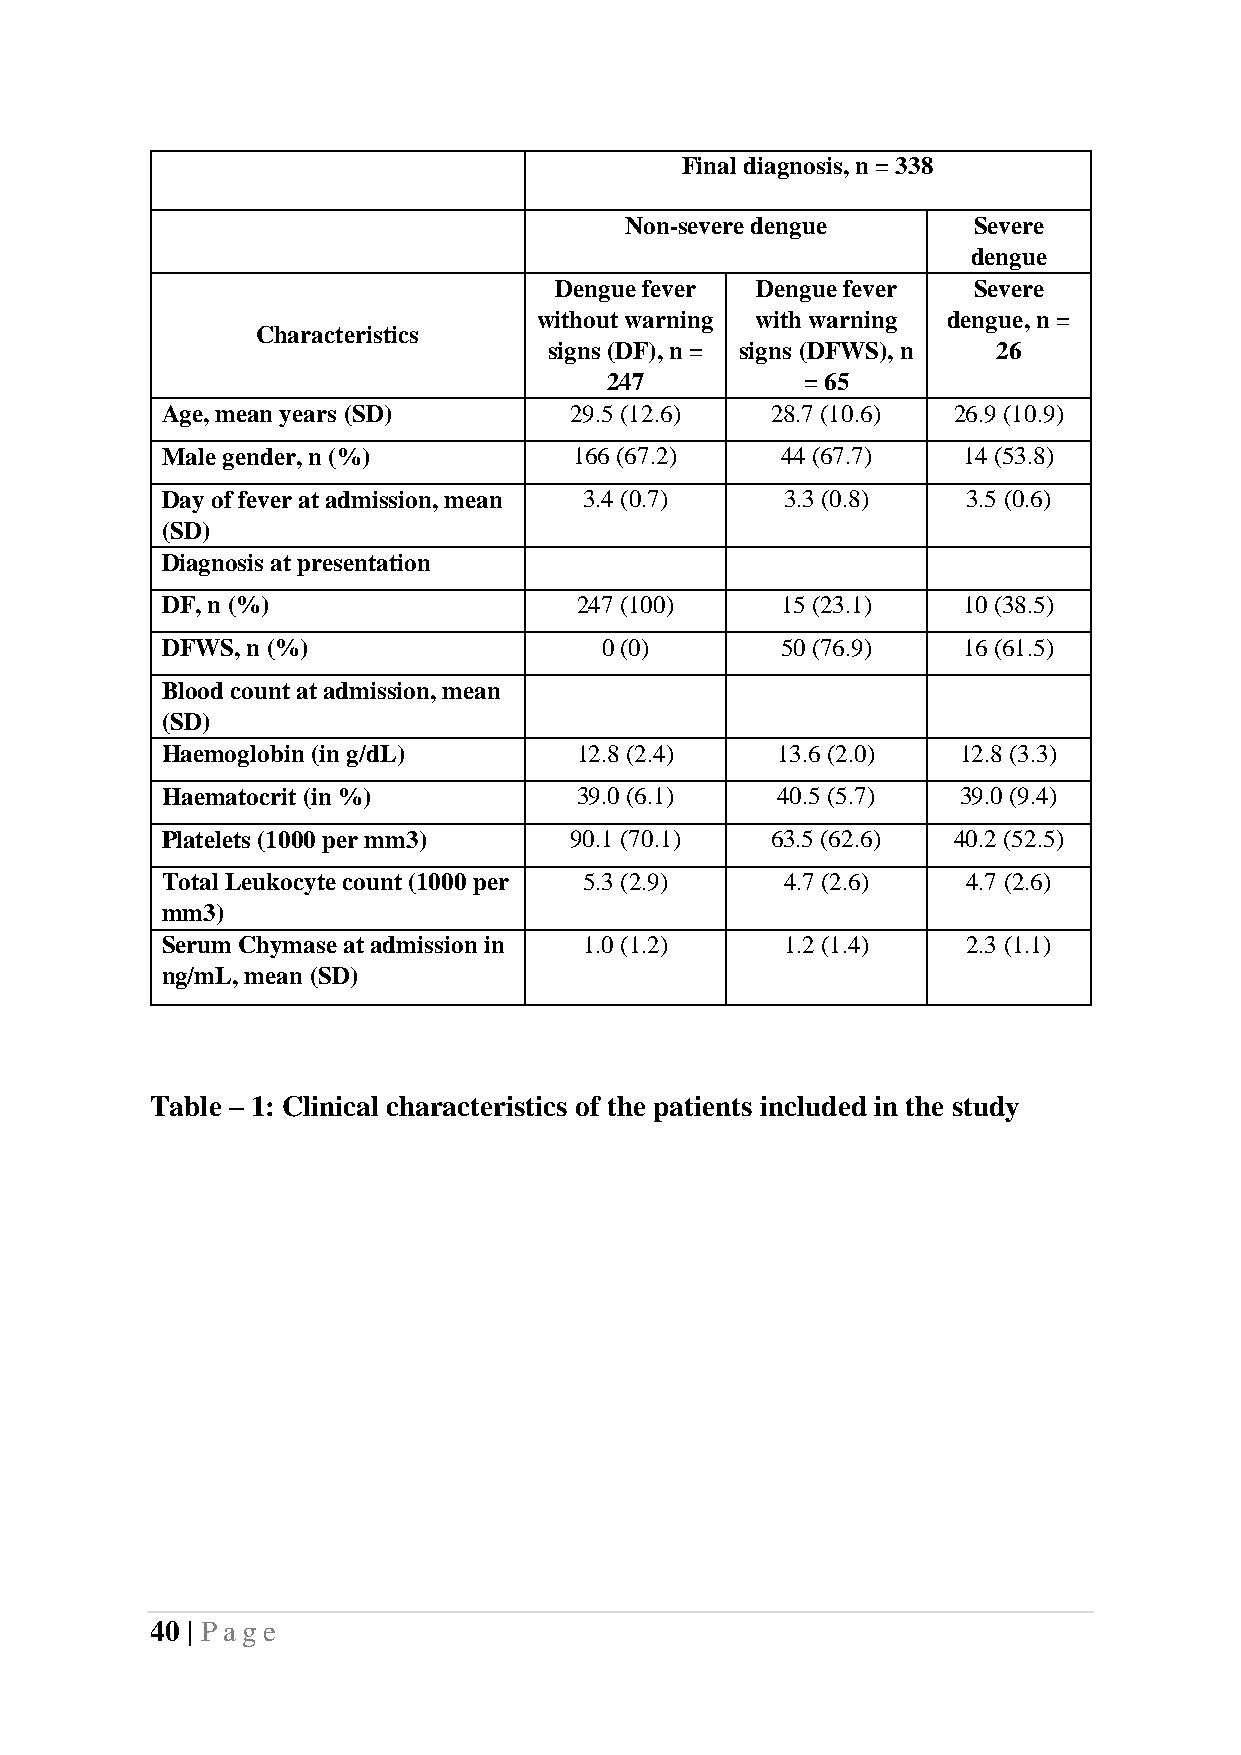
Final diagnosis, n = 338
 Non-severe dengue      Severe
 dengue
 Dengue fever Dengue fever  Severe
 without warning with warning dengue, n =
 Characteristics
 signs (DF), n = signs (DFWS), n 26
 247          = 65
 Age, mean years (SD)       29.5 (12.6)  28.7 (10.6) 26.9 (10.9)
 Male gender, n (%)         166 (67.2)    44 (67.7)   14 (53.8)
 Day of fever at admission, mean 3.4 (0.7) 3.3 (0.8)  3.5 (0.6)
 (SD)
 Diagnosis at presentation
 DF, n (%)                  247 (100)     15 (23.1)   10 (38.5)
 DFWS, n (%)                  0 (0)       50 (76.9)   16 (61.5)
 Blood count at admission, mean
 (SD)
 Haemoglobin (in g/dL)      12.8 (2.4)   13.6 (2.0)   12.8 (3.3)
 Haematocrit (in %)         39.0 (6.1)   40.5 (5.7)   39.0 (9.4)
 Platelets (1000 per mm3)   90.1 (70.1)  63.5 (62.6) 40.2 (52.5)
 Total Leukocyte count (1000 per 5.3 (2.9) 4.7 (2.6)  4.7 (2.6)
 mm3)
 Serum Chymase at admission in 1.0 (1.2)  1.2 (1.4)   2.3 (1.1)
 ng/mL, mean (SD)
 Table – 1: Clinical characteristics of the patients included in the study
 40 | Pag e